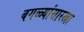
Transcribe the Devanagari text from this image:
बगळ्यांसारखा